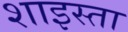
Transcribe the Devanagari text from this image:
शाइस्‍ता